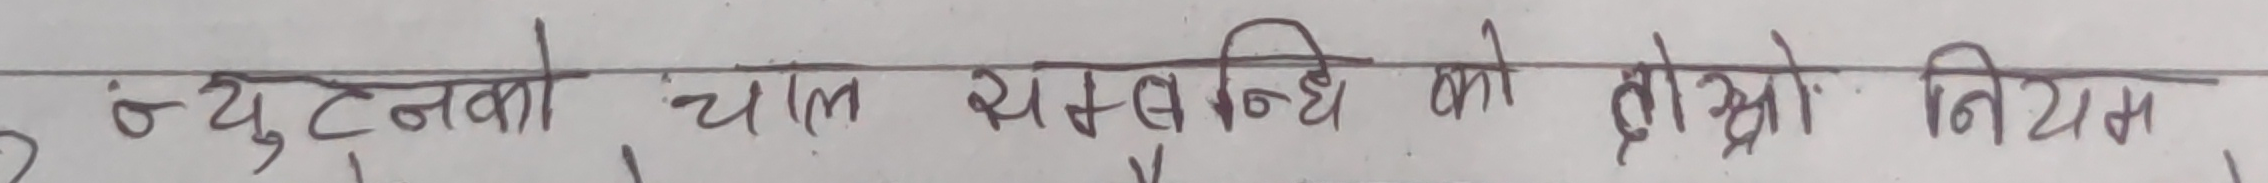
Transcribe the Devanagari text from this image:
२. न्युटनको चाल यससम्बन्धी को तेस्रो नियम